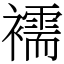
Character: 襦